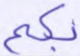
بكم